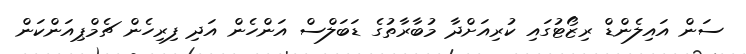
ސަން އައިލެންޑް ރިޒޯޓުގައި ކުރިއަށްދާ މުބާރާތުގެ ޑަބަލްސް އަންހެން އަދި ފިރިހެން ޗެމްޕިއަންކަން